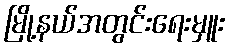
မြို့နယ်အတွင်းရေးမှူး